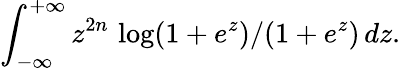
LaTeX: \int_{-\infty}^{+\infty}z^{2n}\, \log(1+e^{z})/(1+e^{z})\, dz.